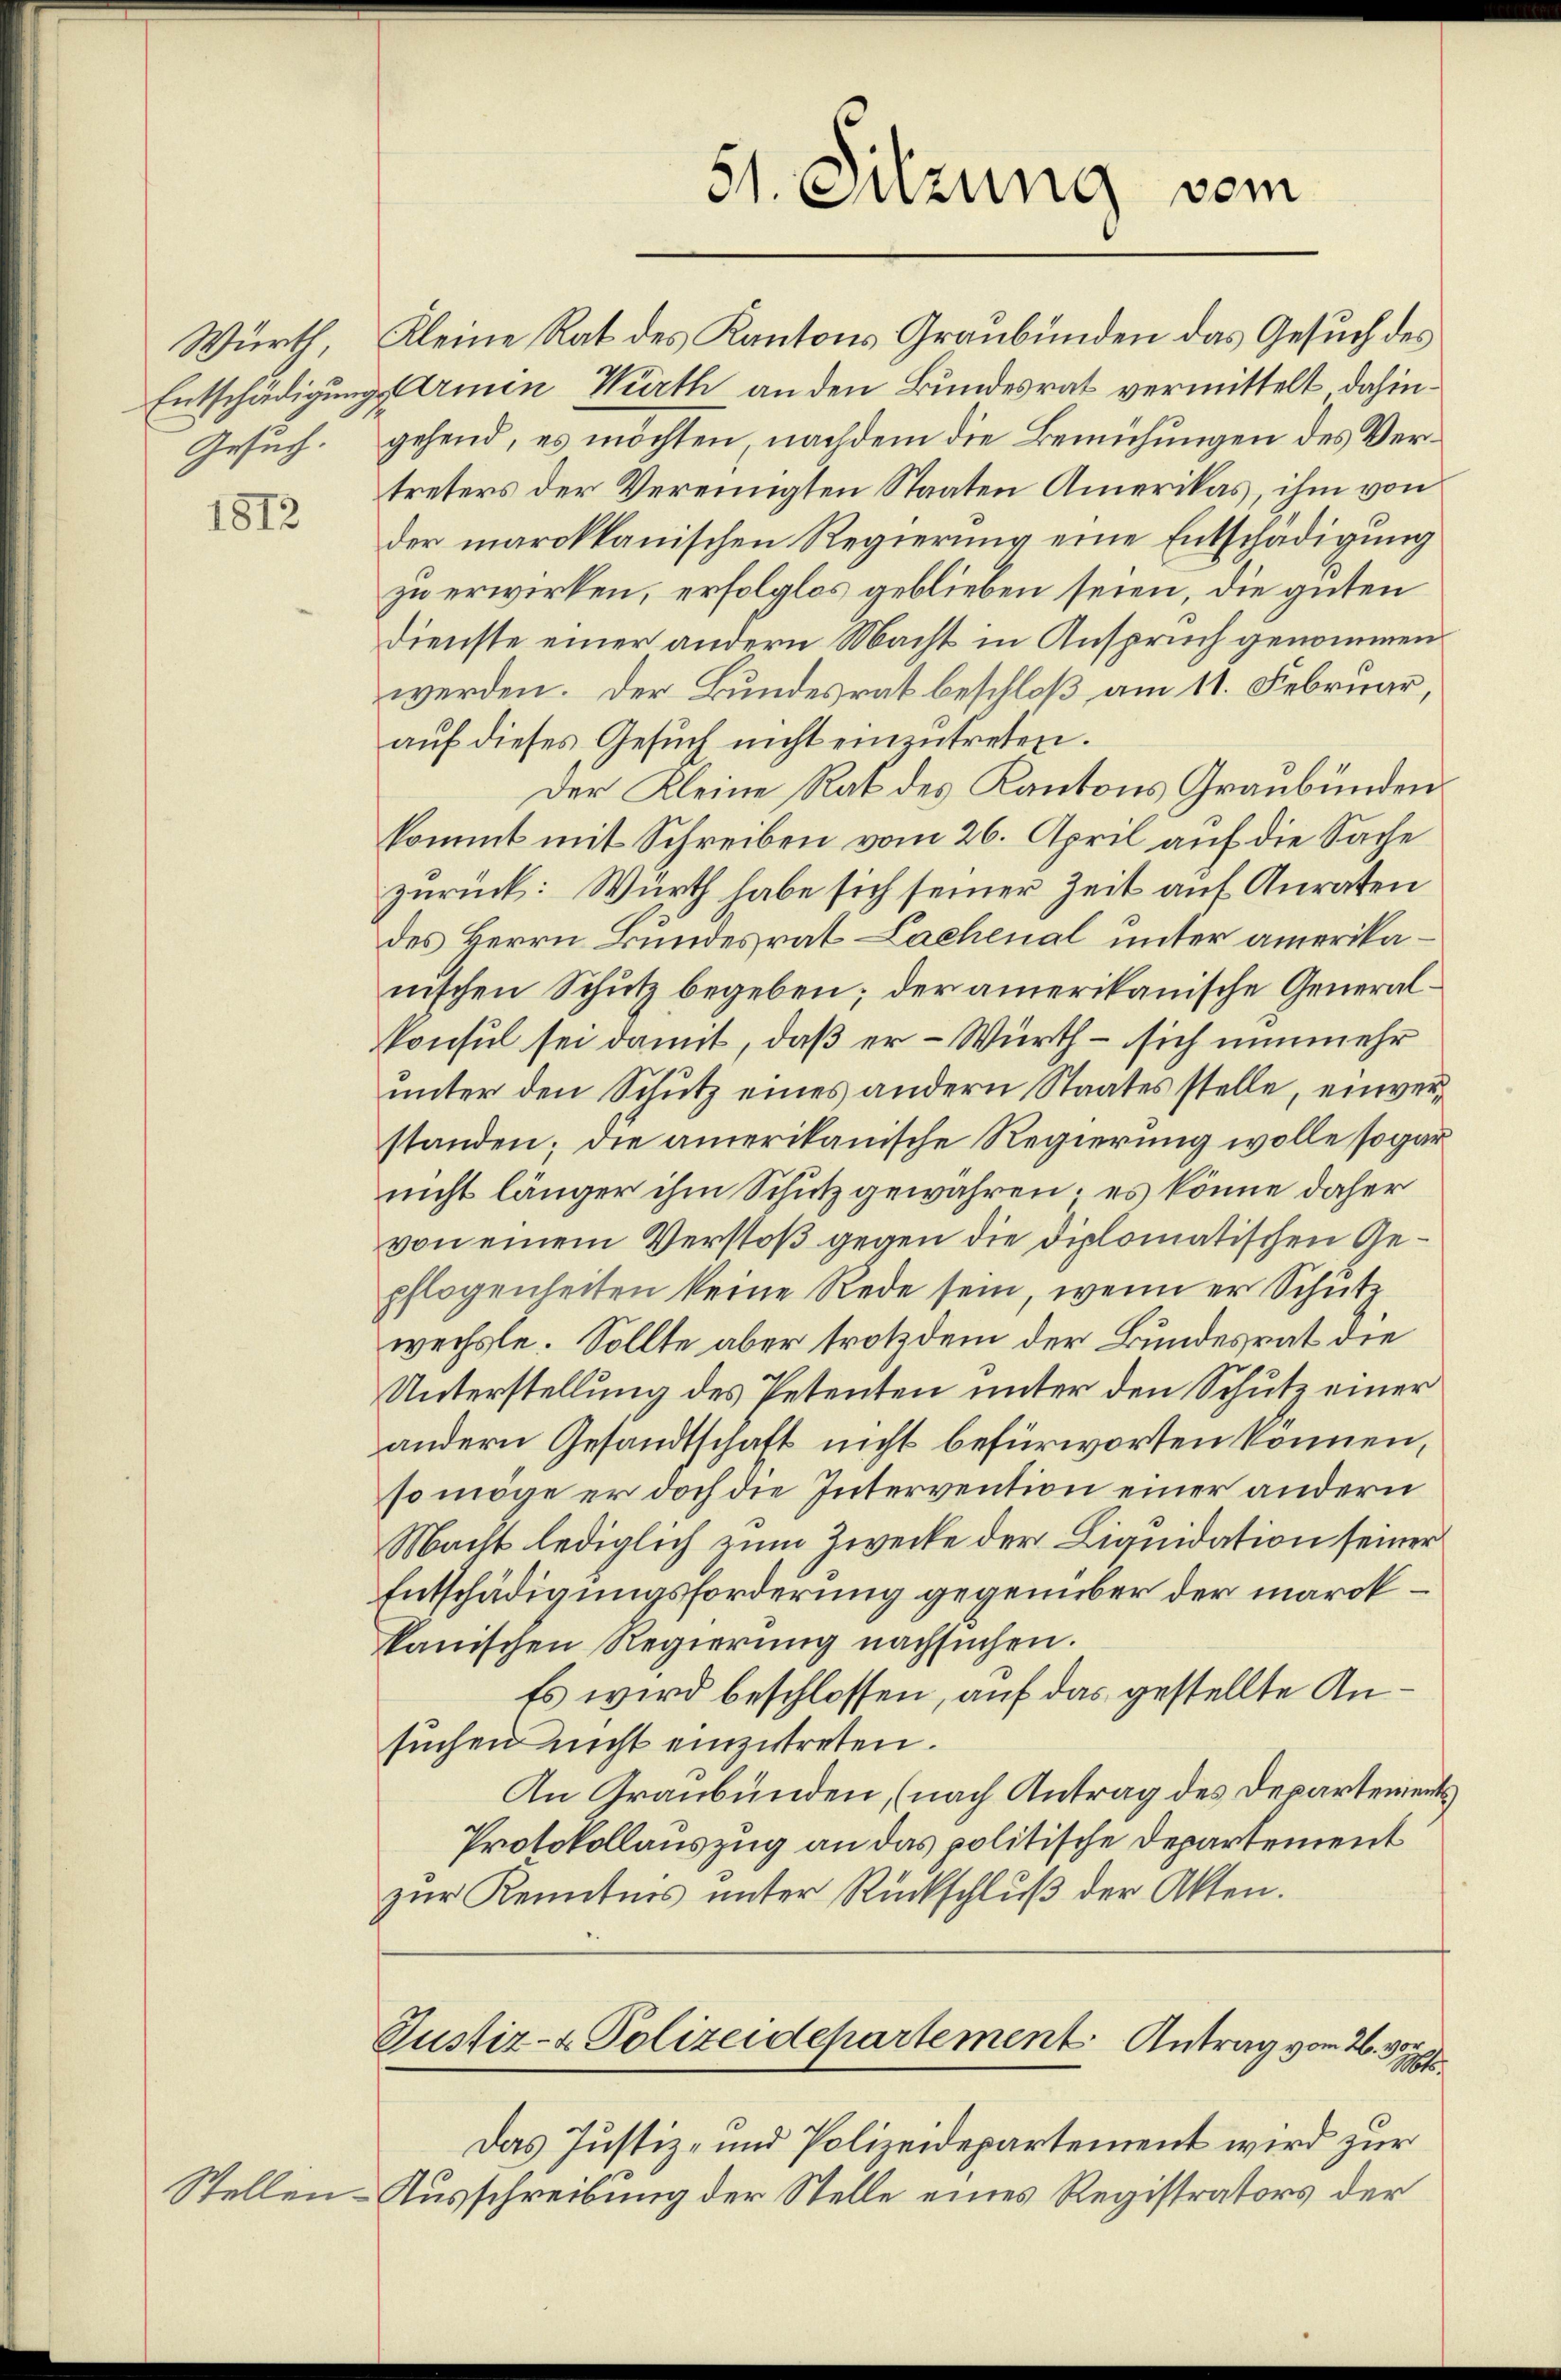
Würth,
Gesuch.

1812

Justiz- & Polizeidepartement Antrag vom 26. von
Mt.

51. Sitzung vom

Kleine Rat des Kantons Graubünden das Gesuch des
Entschädigung Armin Würth an den Bundesrat vermittelt dahingehend, es möchten, nachdem die Bemühungen des Vertreters der Vereinigten Staaten Amerikas, ihm von
der marokkanischen Regierung eine Entschädigung
zu erwirken, erfolglos geblieben seien, die guten
Dienste einer andern Macht in Anspruch genommen
werden. Der Bundesrat beschloß am 11. Februar,
auf dieses Gesuch nicht einzutreten.
Der Kleine Rat des Kantons Graubünden.
kommt mit Schreiben vom 26. April auf die Sache
zurück: Würth habe sich seiner Zeit auf Anraten
des Herrn Bundesrat Lachenal unter amerikanischen Schutz begeben; der amerikanische Generalkonsul sei damit, daß er - Würth – sich nunmehr
unter den Schutz eines andern Staates stelle, einverstanden; die amerikanische Regierung wolle sogar
nicht länger ihm Schutz gewähren; es könne daher
von einem Verstoß gegen die diplomatischen Gepflogenheiten keine Rede sein, wenn er Schutz
wechste. Sollte aber trotzdem der Bundesrat die
Unterstellung des Petenten unter den Schutz einer
andern Gesandtschaft nicht befürworten können,
so möge er doch die Intervention einer andern
Macht lediglich zum Zwecke der Liquidation seiner
Entschädigungsforderung gegenüber der marckkanischen Regierŭng nachsuchen.
Es wird beschlossen, auf das gestellte Ansuchen nicht einzutreten.
An Graubünden, (nach Antrag des Departements
Protokollauszug an das politische Departement
zŭr Kenntnis unter Rückschlŭβ der Akten.

Das Justiz- und Polizeidepartement wird zur
Stellen-Ausschreibung der Stelle eines Registrators der